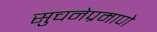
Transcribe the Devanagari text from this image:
सुचनेप्रमाणे